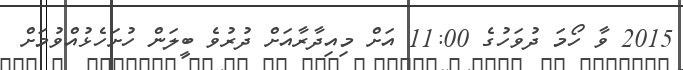
2015 ވާ ހޯމަ ދުވަހުގެ 11:00 އަށް މިއިދާރާއަށް ދުރުވެ ބީލަން ހުށަހެޅުއްވުމަށް